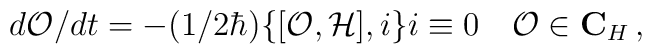
d{\cal O}/dt = -(1/2\hbar)\{[{\cal O}, {\cal H}], i\}i \equiv 0\quad{\cal O} \in {\bf C}_{H}\,,